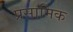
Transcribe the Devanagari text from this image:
प्रसामिक